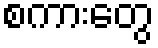
စကားတွေ